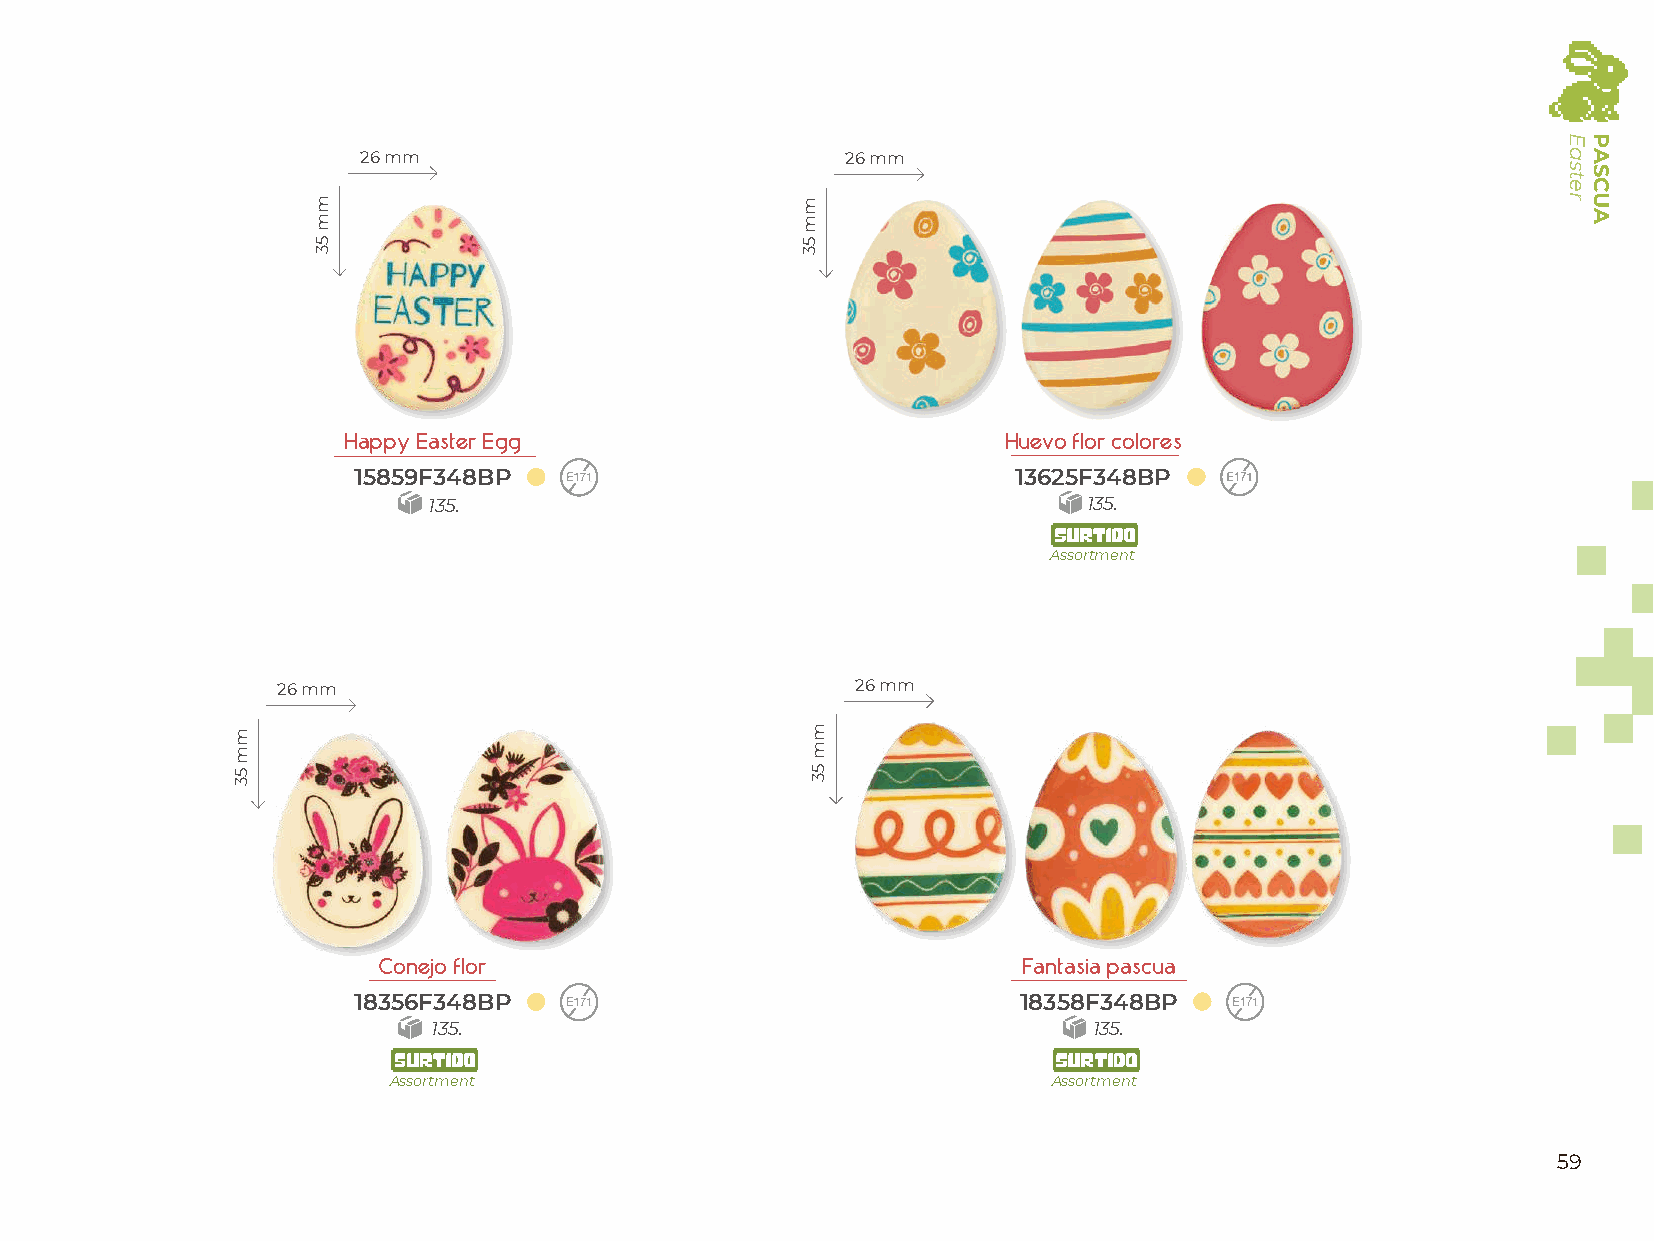
26 mm                           26 mm
 Happy Easter Egg                           Huevo flor colores
 15859F348BP                                 13625F348BP
 135.                                        135.
 Assortment
 26 mm                                  26 mm
 Conejo flor                                Fantasia pascua
 18356F348BP                                  18358F348BP
 135.                                       135.
 Assortment                                  Assortment
 59
 mm
 53
 mm
 53
 mm
 53
 mm
 53
 Easter PASCUA